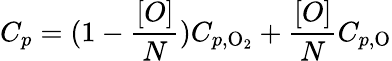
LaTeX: C_{p}=(1-\frac{[O]}{N})C_{p,\mathrm{O_{2}}}+\frac{[O]}{N}C_{p,\mathrm{O}}